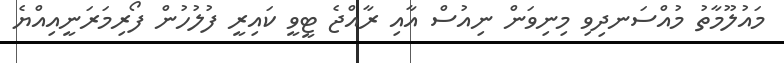
މައުލޫމާތު މުއްސަނދިވި މިނިވަން ނިއުސް އާއި ރާއްޖެ ޓީވީ ކައިރީ ފުލުހުން ފޯރިމަރަނީއިއްޔެ